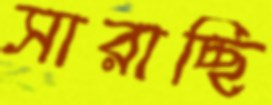
সারাচ্ছি